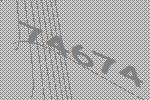
74674